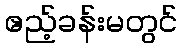
ဧည့်ခန်းမတွင်